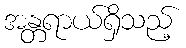
အန္တရာယ်ရှိသည့်